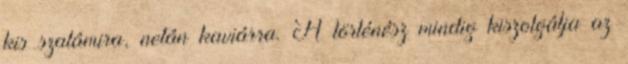
kis szalámira, netán kaviárra. A történész mindig kiszolgálja az